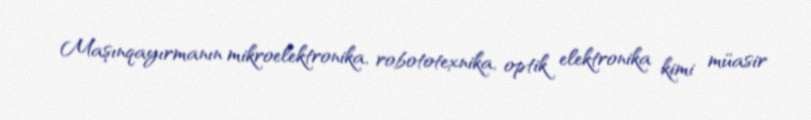
Maşınqayırmanın mikroelektronika, robototexnika, optik elektronika kimi müasir